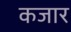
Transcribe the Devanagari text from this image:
कजार